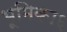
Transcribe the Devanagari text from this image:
भूमिका६